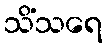
သိံသရေ